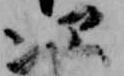
次